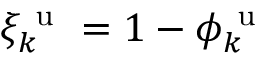
\xi _ { k } ^ { \mathrm { ~ u ~ } } = 1 - \phi _ { k } ^ { \mathrm { ~ u ~ } }